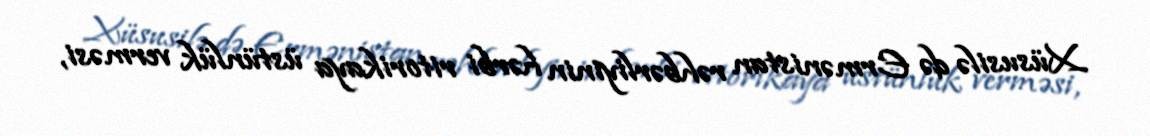
Xüsusilə də Ermənistan rəhbərliyinin hərbi ritorikaya üstünlük verməsi,